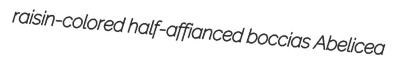
raisin-colored half-affianced boccias Abelicea